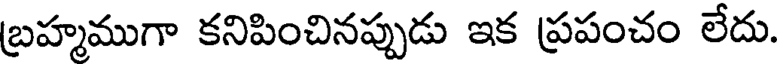
బ్రహ్మముగా కనిపించినప్పుడు ఇక ప్రపంచం లేదు.